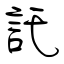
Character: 託